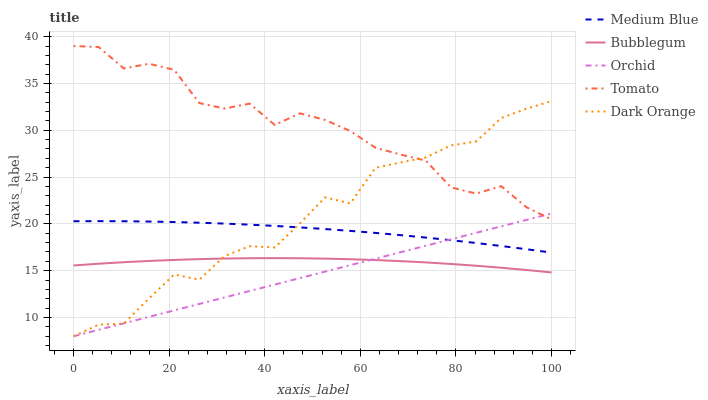
| xaxis_label | Medium Blue | Bubblegum | Orchid | Tomato | Dark Orange |
 | --- | --- | --- | --- | --- | --- |
 | 0 | 20.3 | 15.6 | 8 | 39 | 8 |
 | 5.26 | 20.3 | 15.7 | 8.69 | 38.9 | 9.24 |
 | 10.5 | 20.3 | 15.9 | 9.38 | 36.6 | 9.35 |
 | 15.8 | 20.3 | 16 | 10.1 | 37.1 | 12 |
 | 21.1 | 20.2 | 16.2 | 10.8 | 36.5 | 14.6 |
 | 26.3 | 20.1 | 16.2 | 11.5 | 32.9 | 14 |
 | 31.6 | 20 | 16.3 | 12.1 | 32.3 | 16.6 |
 | 36.8 | 19.9 | 16.3 | 12.8 | 32.8 | 17.6 |
 | 42.1 | 19.8 | 16.3 | 13.5 | 30.6 | 17.5 |
 | 47.4 | 19.6 | 16.3 | 14.2 | 31.8 | 20.1 |
 | 52.6 | 19.5 | 16.3 | 14.9 | 31.1 | 22.8 |
 | 57.9 | 19.3 | 16.2 | 15.6 | 29.9 | 22.2 |
 | 63.2 | 19 | 16.1 | 16.3 | 28.1 | 26 |
 | 68.4 | 18.8 | 16 | 17 | 27.4 | 26.6 |
 | 73.7 | 18.5 | 15.9 | 17.7 | 26.8 | 27.1 |
 | 78.9 | 18.3 | 15.7 | 18.4 | 23.9 | 28.4 |
 | 84.2 | 18 | 15.5 | 19 | 23.2 | 28.8 |
 | 89.5 | 17.6 | 15.3 | 19.7 | 24 | 31.3 |
 | 94.7 | 17.3 | 15.1 | 20.4 | 21.8 | 32.3 |
 | 100 | 16.9 | 14.8 | 21.1 | 20.5 | 33.1 |